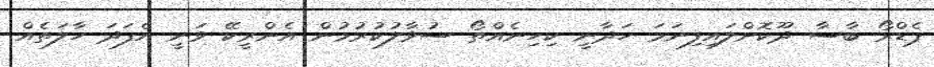
ޕެޑްރޯ ބާސާ ދޫކޮށްލައިފިނަމަ ހަދާނީ ކިހިނެއްތޯ ސުވާލުކުރުމުން އެންރީކޭ ވަނީ އެފަދަ ހާލަތެއް